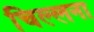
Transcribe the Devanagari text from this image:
चिल्लना